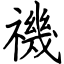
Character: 禨